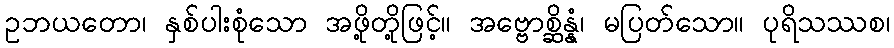
ဥဘယတော၊ နှစ်ပါးစုံသော အဖို့တို့ဖြင့်။ အဗ္ဗောစ္ဆိန္နံ၊ မပြတ်သော။ ပုရိသဿစ၊